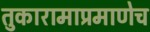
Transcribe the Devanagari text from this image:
तुकारामाप्रमाणेच